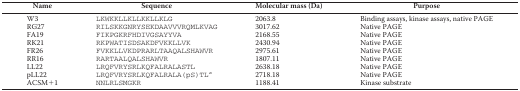
| Name | Sequence | Molecular mass (Da) | Purpose |
 | --- | --- | --- | --- |
 | W3 | LKWKKLLKLLKKLLKLG | 2063.8 | Binding assays, kinase assays, native PAGE |
 | RG27 | RILSKKGNRYSEKDAAVVVRQMLKVAG | 3017.62 | Native PAGE |
 | FA19 | FIKPGKRFHDIVGSAYYVA | 2168.55 | Native PAGE |
 | RK21 | RKPWATISDSAKDFVKKLLVK | 2430.94 | Native PAGE |
 | FR26 | FVKKLLVKDPRARLTAAQALSHAWVR | 2975.61 | Native PAGE |
 | RR16 | RARTAALQALSHAWVR | 1807.11 | Native PAGE |
 | LL22 | LRQFVRYSRLKQFALRALASTL | 2638.18 | Native PAGE |
 | pLL22 | LRQFVRYSRLKQFALRALA(pS)TLa | 2718.18 | Native PAGE |
 | ACSM+1 | NNLRLSMGKR | 1188.41 | Kinase substrate |